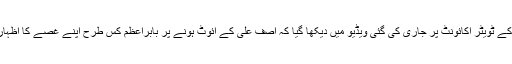
کرکٹ آسٹریلیا کے ٹویٹر اکائونٹ پر جاری کی گئی ویڈیو میں دیکھا گیا کہ آصف علی کے آئوٹ ہونے پر بابراعظم کس طرح اپنے غصے کا اظہار کررہے تھے۔